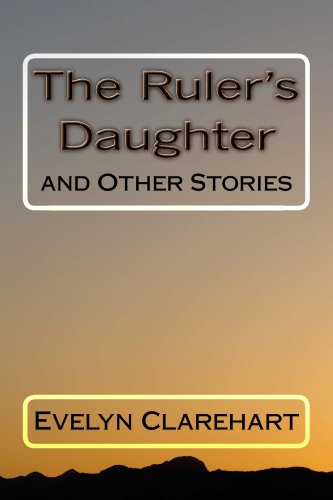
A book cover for The Ruler's Daughter and Other Stories; Evelyn Clarehart; Teen & Young Adult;